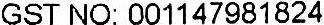
GST NO: 001147981824